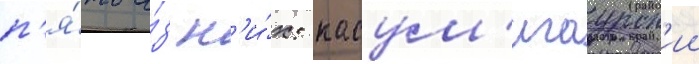
п'я́ть и́з н'и́х: касум'игаурск'ии